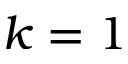
k = 1